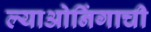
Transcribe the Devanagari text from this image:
ल्याओनिंगाची